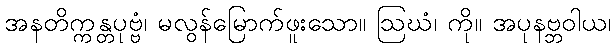
အနတိက္ကန္တပုဗ္ဗံ၊ မလွန်မြောက်ဖူးသော။ ဩဃံ၊ ကို။ အပုနဗ္ဘဝါယ၊